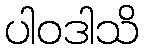
ပါဝဒါသိ